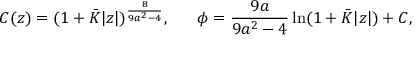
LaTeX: { \cal C } ( z ) = ( 1 + \bar { K } | z | ) ^ { \frac { 8 } { 9 a ^ { 2 } - 4 } } , \ \ \ \ \ \phi = { \frac { 9 a } { 9 a ^ { 2 } - 4 } } \ln ( 1 + \bar { K } | z | ) + C ,